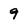
Character: 9